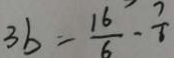
3 b = \frac { 1 6 } { 6 } - \frac { 7 } { 6 }